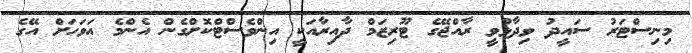
މިނިސްޓަރު ސައީދު ވިދާޅުވީ ރާއްޖޭގެ ޓޫރިޒަމް ދާއިރާއަކީ އިންވެސްޓްކޮށްގެން އެންމެ އަވަހަށް އޭގެ